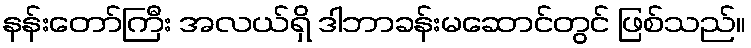
နန်းတော်ကြီး အလယ်ရှိ ဒါဘာခန်းမဆောင်တွင် ဖြစ်သည်။